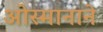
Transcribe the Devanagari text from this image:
ओस्मानाने